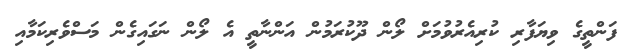
ފަންތީގެ ވިޔަފާރި ކުރިއެރުވުމަށް ލޯން ދޫކުރަމުން އަންނާތީ އެ ލޯން ނަގައިގެން މަސްވެރިކަމާއި